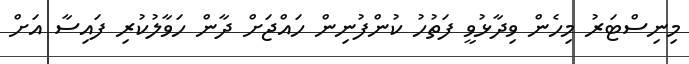
މިނިސްޓަރު މިހެން ވިދާޅުވީ ފަތުހު ކުންފުނިން ހައްޖަށް ދާން ހަވާލުކުރި ފައިސާ އަށް